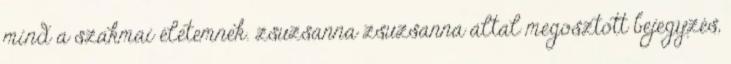
mind a szakmai életemnek. zsuzsanna zsuzsanna által megosztott bejegyzés,